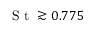
\textrm { S t } \gtrsim 0 . 7 7 5